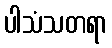
ပါသံသတရာ